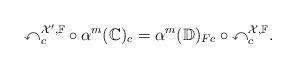
LaTeX: \begin{align*}\mathbb{x}_c^{\mathcal{X}',\mathbb{F}}\circ \alpha^{m}(\mathbb{C})_c=\alpha^m(\mathbb{D})_{Fc}\circ\mathbb{x}^{\mathcal{X},\mathbb{F}}_c.\end{align*}